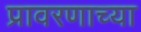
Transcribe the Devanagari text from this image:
प्रावरणाच्या